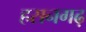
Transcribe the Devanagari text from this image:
हसनगढ़